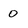
Character: 0